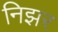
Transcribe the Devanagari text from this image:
निझर